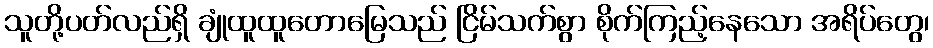
သူတို့ပတ်လည်ရှိ ချုံထူထူတောမြေသည် ငြိမ်သက်စွာ စိုက်ကြည့်နေသော အရိပ်တွေ၊